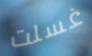
غسلت